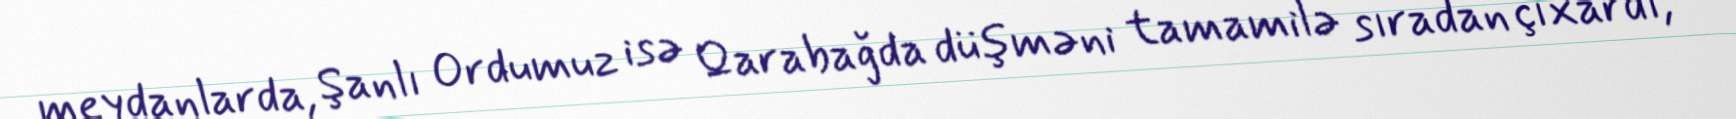
meydanlarda, Şanlı Ordumuz isə Qarabağda düşməni tamamilə sıradan çıxardı,